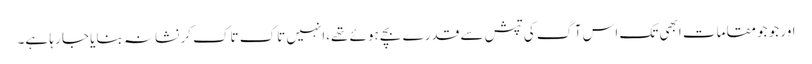
اور جو جو مقامات ابھی تک اس آگ کی تپش سے قدرے بچے ہوئے تھے،انہیں تاک تاک کر نشانہ بنایا جا رہا ہے۔